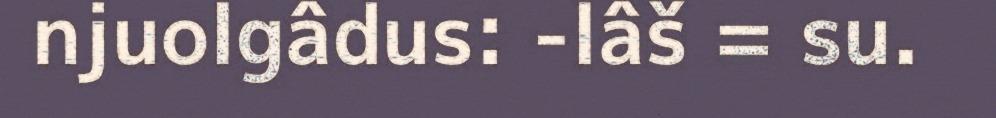
njuolgâdus: -lâš = su.